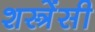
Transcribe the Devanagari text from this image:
शस्त्रेंसी